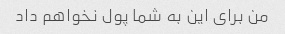
من برای این به شما پول نخواهم داد